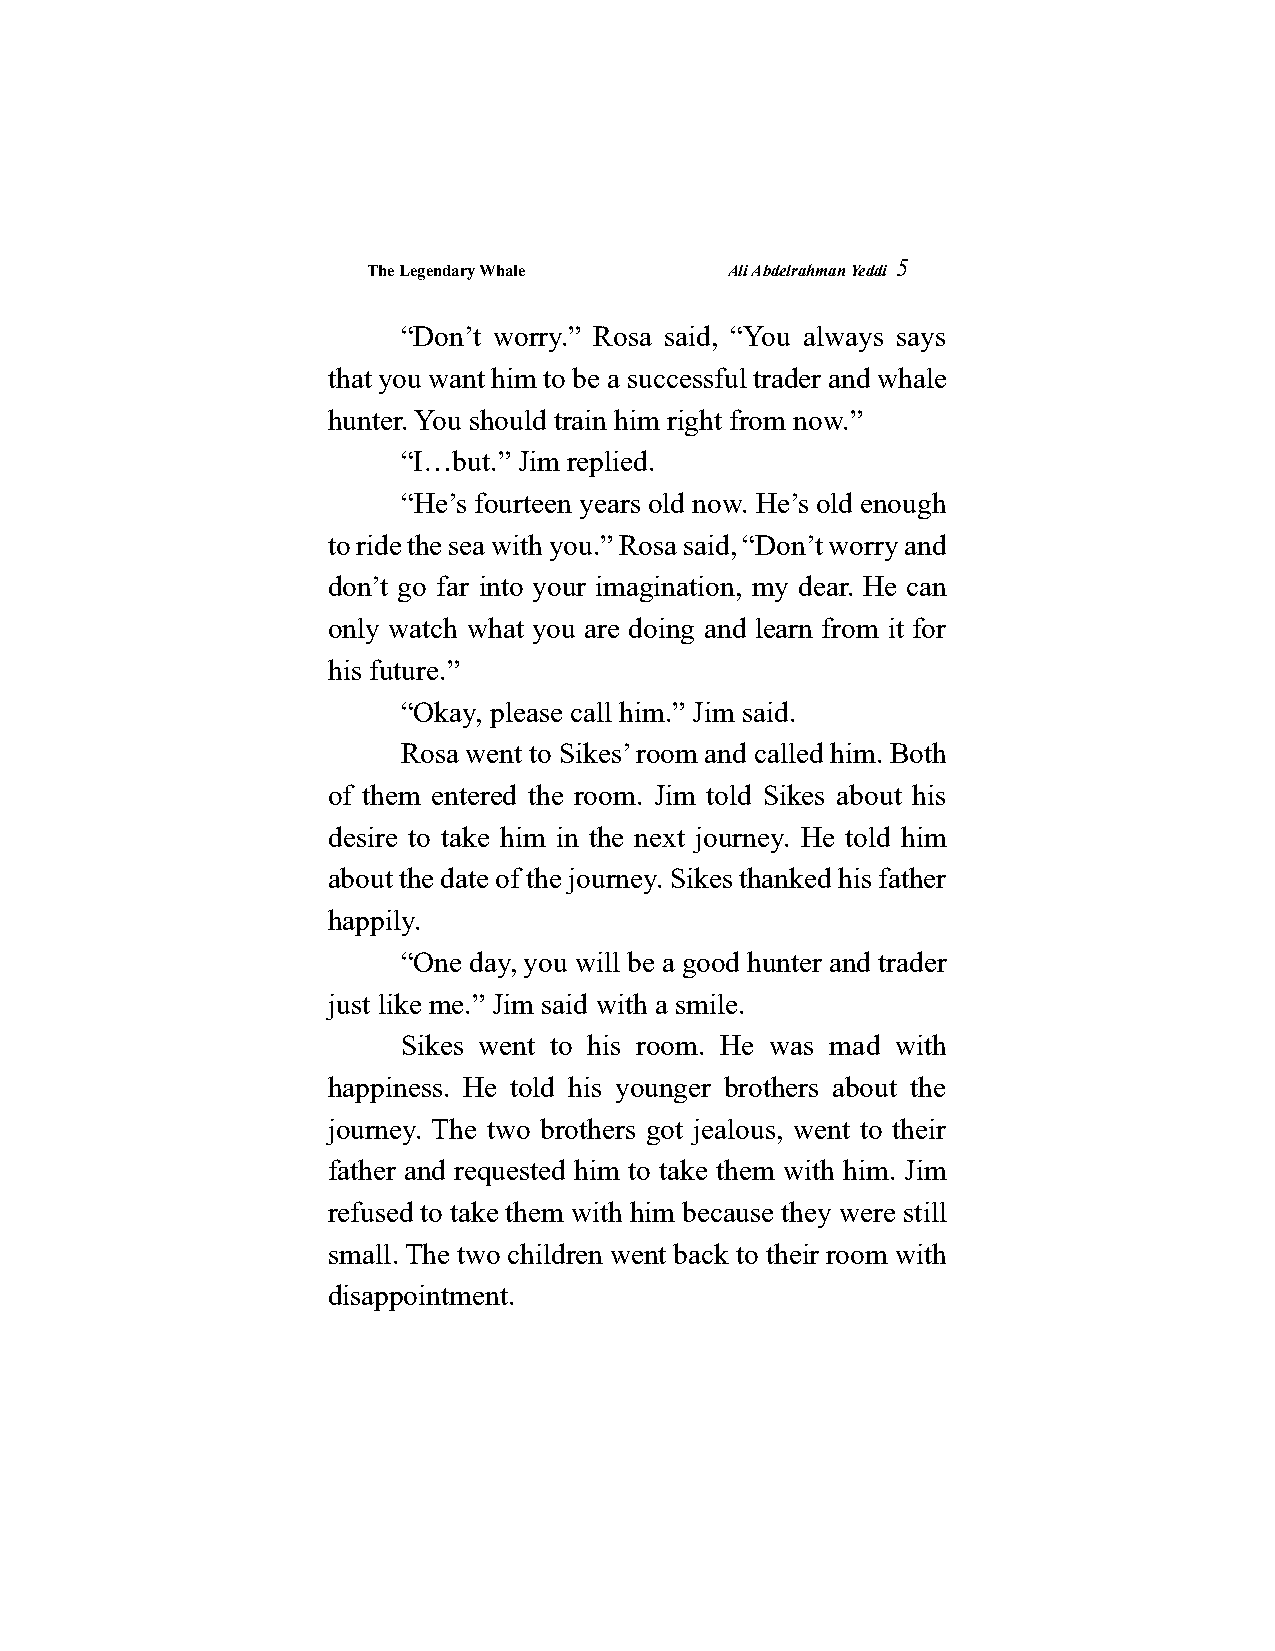
The Legendary Whale     Ali Abdelrahman Yeddi
 5
 “Don’t worry.” Rosa said, “You always says
 that you want him to be a successful trader and whale
 hunter. You should train him right from now.”
 “I…but.” Jim replied.
 “He’s fourteen years old now. He’s old enough
 to ride the sea with you.” Rosa said, “Don’t worry and
 don’t go far into your imagination, my dear. He can
 only watch what you are doing and learn from it for
 his future.”
 “Okay, please call him.” Jim said.
 Rosa went to Sikes’ room and called him. Both
 of them entered the room. Jim told Sikes about his
 desire to take him in the next journey. He told him
 about the date of the journey. Sikes thanked his father
 happily.
 “One day, you will be a good hunter and trader
 just like me.” Jim said with a smile.
 Sikes went to his room. He was mad with
 happiness. He told his younger brothers about the
 journey. The two brothers got jealous, went to their
 father and requested him to take them with him. Jim
 refused to take them with him because they were still
 small. The two children went back to their room with
 disappointment.